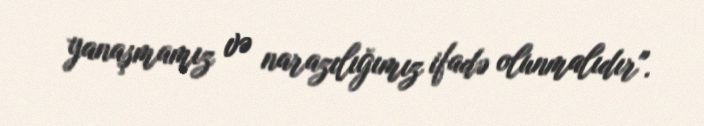
yanaşmamız və narazılığımız ifadə olunmalıdır".